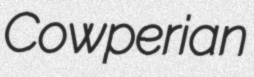
Cowperian